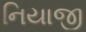
નિયાજી